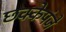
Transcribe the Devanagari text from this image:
छक्केपंजे